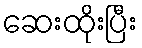
ဆေးထိုးပြီး